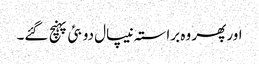
اور پھر وہ براستہ نیپال دوبئی پہنچ گئے۔